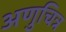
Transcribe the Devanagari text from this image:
अणुचित्र